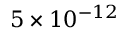
5 \times 1 0 ^ { - 1 2 }